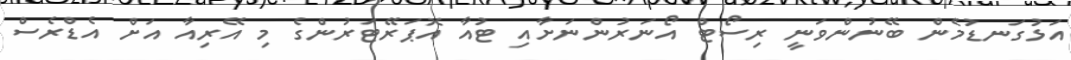
އަޅުގަނޑުމެން ބޭނުންވަނީ ރިސޯޓް އޯނަރުންނަށާއި ޓުއާ އޮޕަރޭޓަރުންގެ މި އޭރިއާ އަށް އެޑްރެސް